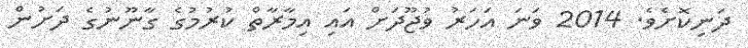
ދަނިކޮށެވެ. 2014 ވަނަ އަހަރު ވުޖޫދަށް އައި އިމާރާތް ކުރުމުގެ ގާނޫނުގެ ދަށުން